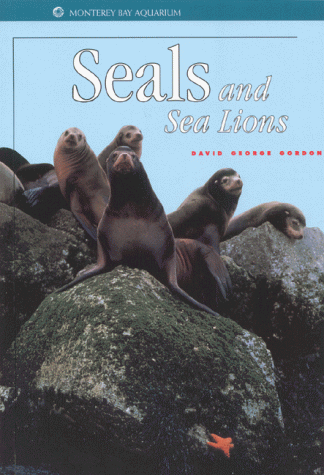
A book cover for Seals and Sea Lions (Monterey Bay Aquarium Natural History Series); David G. Gordon; Sports & Outdoors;